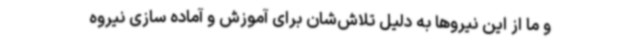
و ما از این نیروها به دلیل تلاش‌شان برای آموزش و آماده سازی نیروه